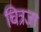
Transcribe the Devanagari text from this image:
चित्रजा